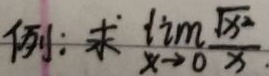
例：求\(\lim_{x \to 0}\frac{\sqrt{x^2}}{x}\)。